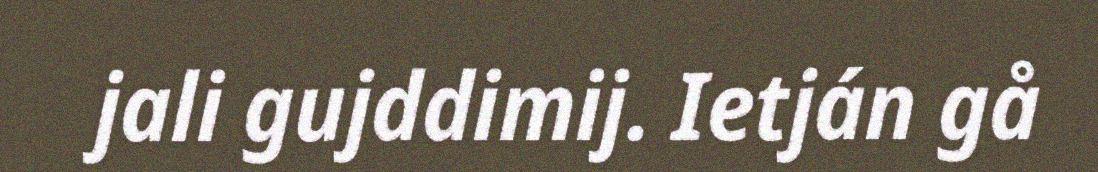
jali gujddimij. Ietján gå